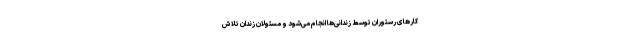
کار‌های رستوران توسط زندانی‌ها انجام می‌شود و مسئولان زندان تلاش